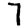
Digit: 7